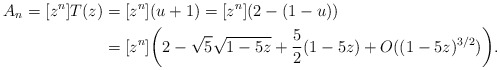
\begin{align*} A_n=[z^n]T(z)&=[z^n](u+1)=[z^n](2-(1-u))\\ &= [z^n]\biggl(2-\sqrt{5}\sqrt{1-5z}+\frac52(1-5z)+O((1-5z)^{3/2})\biggr). \end{align*}